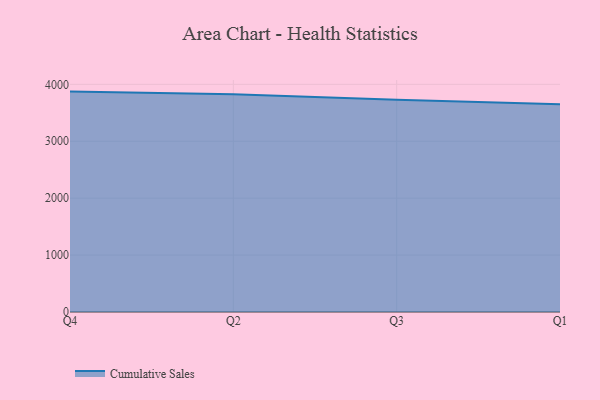
{"axis": {"x": "Quarter", "y": "Inventory Turnover"}, "legend": ["Cumulative Sales"], "data": [{"x": "Q4", "y": 3872.3, "type": "Cumulative Sales"}, {"x": "Q2", "y": 3824.9, "type": "Cumulative Sales"}, {"x": "Q3", "y": 3728.2, "type": "Cumulative Sales"}, {"x": "Q1", "y": 3648.1, "type": "Cumulative Sales"}]}